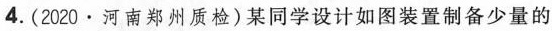
4.(2020·河南郑州质检)某同学设计如图装置制备少量的